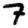
Digit: 7